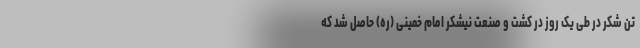
تن شکر در طی یک روز در کشت و صنعت نیشکر امام خمینی (ره) حاصل شد که